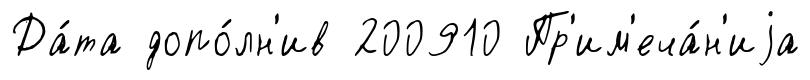
Да́та допо́лн'ив 200910 Пр'им'еча́н'иjа